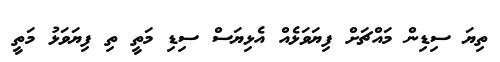
ތިޔަ ސިޑިން މައްޗަށް ފިޔަވަޅެއް އެޅިޔަސް ސިޑި މަތީ ތި ފިޔަވަޅު މަތީ